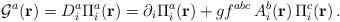
LaTeX: \begin{align*}{\cal G}^{a}({\bf r})=D_i^{a}\Pi_{i}^{a}({\bf r})=\partial_{i}\Pi_{i}^{a}({\bf r})+gf^{abc}\,A_{i}^{b}({\bf r})\,\Pi_{i}^{c}({\bf r})\,.\end{align*}